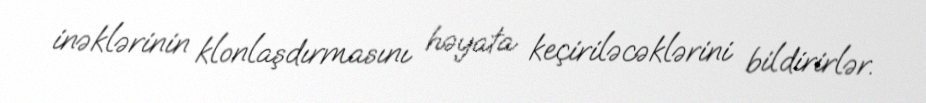
inəklərinin klonlaşdırmasını həyata keçiriləcəklərini bildirirlər.